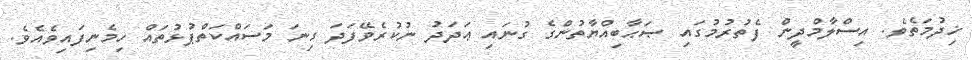
ޚިދުމަތެވެ. އިސްލާމްދީން ފެތުރުމުގައި ޞަޙާބިއްޔާތުންގެ ގުނައި ޢަދަދު ނުކުރެވޭފަދަ ގިނަ މަސައްކަތްޕުޅުތައް ހިމެނިފައިވެއެވެ.